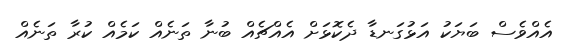
އެއްވެސް ބަޔަކު އަޅުގަނޑާ ދެކޮޅަށް އެއްޗެއް ބުނާ ތަނެއް ކަމެއް ކުރާ ތަނެއް